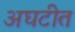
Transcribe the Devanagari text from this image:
अघटीत